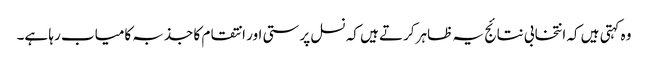
وہ کہتی ہیں کہ انتخابی نتائج یہ ظاہر کرتے ہیں کہ نسل پرستی اور انتقام کا جذبہ کامیاب رہا ہے۔